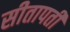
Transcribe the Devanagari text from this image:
सीतापती